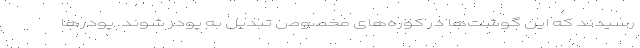
رسیدند که این گوشت‌ها در کوره‌های مخصوص تبدیل به پودر شوند. پودرها